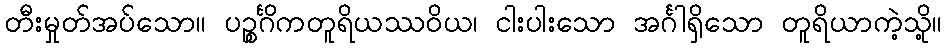
တီးမှုတ်အပ်သော။ ပဉ္စင်္ဂိကတူရိယဿဝိယ၊ ငါးပါးသော အင်္ဂါရှိသော တူရိယာကဲ့သို့။